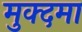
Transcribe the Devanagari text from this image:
मुक्दमा